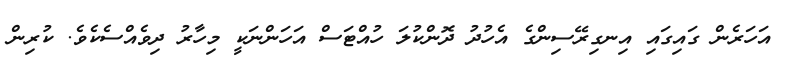
އަހަރެން ގައިގައި އިނގިރޭސިންގެ އެހުދު ދޮންކުލަ ހުއްޓަސް އަހަންނަކީ މިހާރު ދިވެއްސެކެވެ. ކުރިން